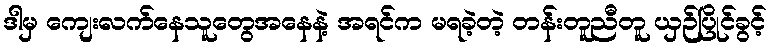
ဒါမှ ကျေးလက်နေသူတွေအနေနဲ့ အရင်က မရခဲ့တဲ့ တန်းတူညီတူ ယှဉ်ပြိုင်ခွင့်